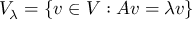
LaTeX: V _ { \lambda } = \{ v \in V : A v = \lambda v \}